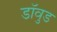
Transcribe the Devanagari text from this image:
डॉवुड